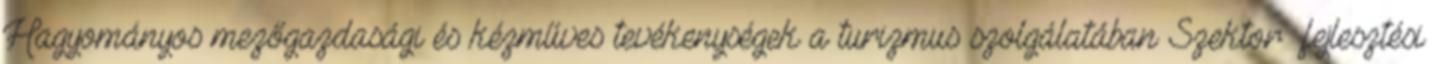
Hagyományos mezőgazdasági és kézműves tevékenységek a turizmus szolgálatában Szektor fejlesztési